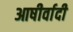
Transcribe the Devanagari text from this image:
आषीर्वादी